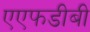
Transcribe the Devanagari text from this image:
एएफडीबी